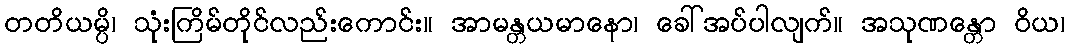
တတိယမ္ပိ၊ သုံးကြိမ်တိုင်လည်းကောင်း။ အာမန္တယမာနော၊ ခေါ်အပ်ပါလျက်။ အသုဏန္တော ဝိယ၊